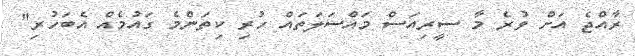
ރާއްޖެ އަށް ވުރެ މާ ސީރިއަސް މައްސަލަތައް ހުރި ކިތަންމެ ގައުމެއް އެބަހުރި"